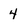
Character: 4